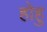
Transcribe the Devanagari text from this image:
होहु